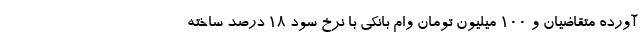
آورده متقاضیان و ۱۰۰ میلیون تومان وام بانکی با نرخ سود ۱۸ درصد ساخته